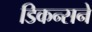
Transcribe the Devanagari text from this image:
डिकन्सने